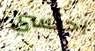
احتسي